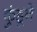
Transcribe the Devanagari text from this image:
कुंडूने